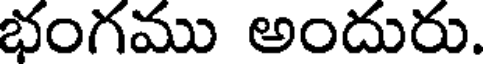
భంగము అందురు.